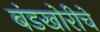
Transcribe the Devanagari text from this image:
बंडखोरीचे